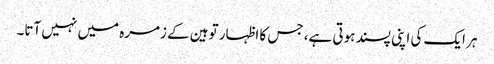
ہر ایک کی اپنی پسند ہوتی ہے، جس کا اظہار توہین کے زمرہ میں نہیں آتا۔